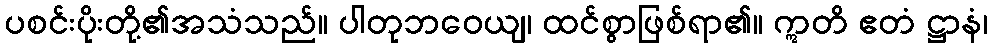
ပစင်းပိုးတို့၏အသံသည်။ ပါတုဘဝေယျ၊ ထင်စွာဖြစ်ရာ၏။ ဣတိ ဧတံ ဋ္ဌာနံ၊